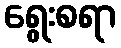
ရွေးစရာ